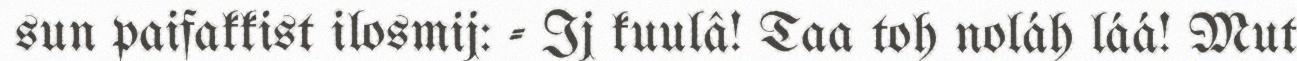
sun paifakkist ilosmij: - Ij kuulâ! Taa toh noláh láá! Mut